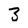
Character: 3